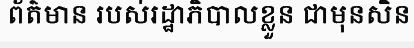
ព័ត៌មាន របស់រដ្ឋាភិបាលខ្លួន ជាមុនសិន